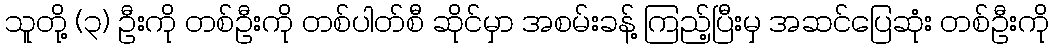
သူတို့ (၃) ဦးကို တစ်ဦးကို တစ်ပါတ်စီ ဆိုင်မှာ အစမ်းခန့် ကြည့်ပြီးမှ အဆင်ပြေဆုံး တစ်ဦးကို